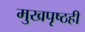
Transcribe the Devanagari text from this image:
मुखपृष्ठही